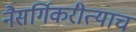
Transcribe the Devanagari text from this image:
नैसर्गिकरीत्याच